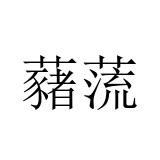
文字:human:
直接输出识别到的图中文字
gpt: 藸蓅